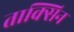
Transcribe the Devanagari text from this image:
ताक्सिन